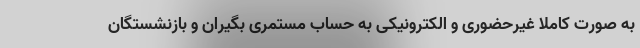
به صورت کاملا غیرحضوری و الکترونیکی به حساب مستمری بگیران و بازنشستگان